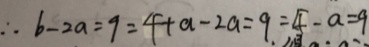
\therefore b - 2 a = 9 = 4 + a - 2 a = 9 = 4 - a = 9